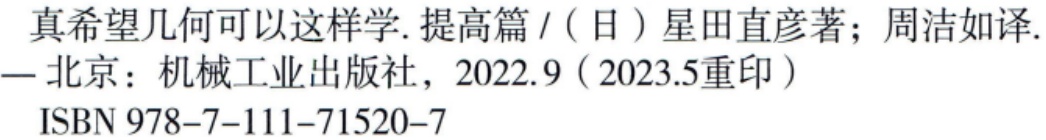
真希望几何可以这样学. 提高篇/（日）星田直彦著; 周洁如译. — 北京：机械工业出版社，2022.9（2023.5重印）

ISBN 978-7-111-71520-7